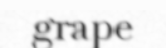
grape